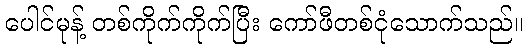
ပေါင်မုန့် တစ်ကိုက်ကိုက်ပြီး ကော်ဖီတစ်ငုံသောက်သည်။